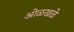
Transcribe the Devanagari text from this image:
ओळखळे